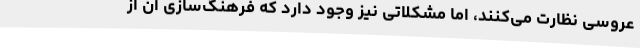
عروسی نظارت می‌کنند، اما مشکلاتی نیز وجود دارد که فرهنگ‌سازی آن از